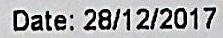
DATE: 28/12/2017